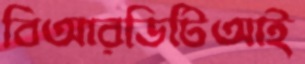
বিআরডিটিআই